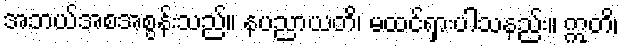
အဘယ်အစအစွန်းသည်။ နပညာယတိ၊ မထင်ရှားပါသနည်း။ ဣတိ၊